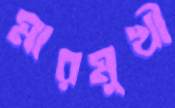
মারমুখী